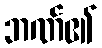
ဘဏ်၏